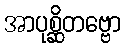
အာပုစ္ဆိတဗ္ဗော